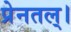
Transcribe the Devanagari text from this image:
प्रेनतल्।